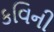
કવિની